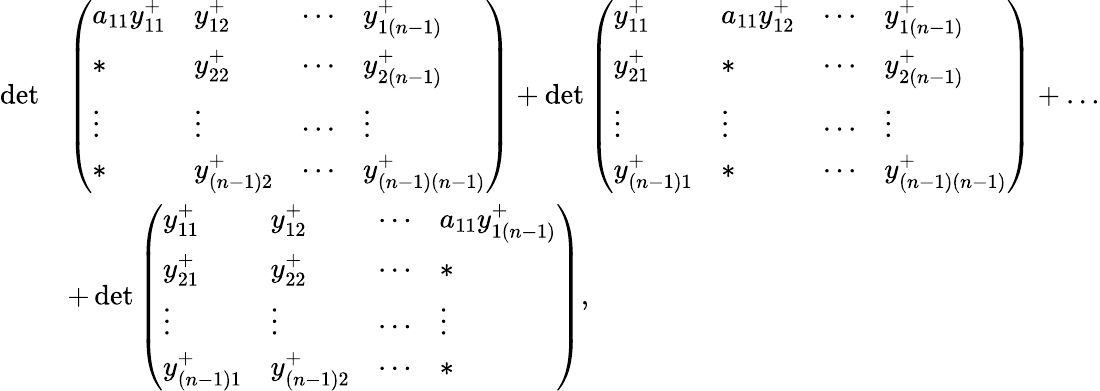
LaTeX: \begin{array}{rl}{\operatorname*{det}}&{\left(\begin{array}{llll}{a_{11}y_{11}^{+}}&{y_{12}^{+}}&{\cdots}&{y_{1(n-1)}^{+}}\\ {*}&{y_{22}^{+}}&{\cdots}&{y_{2(n-1)}^{+}}\\ {\vdots}&{\vdots}&{\cdots}&{\vdots}\\ {*}&{y_{(n-1)2}^{+}}&{\cdots}&{y_{(n-1)(n-1)}^{+}}\end{array}\right)+\operatorname*{det}\left(\begin{array}{llll}{y_{11}^{+}}&{a_{11}y_{12}^{+}}&{\cdots}&{y_{1(n-1)}^{+}}\\ {y_{21}^{+}}&{*}&{\cdots}&{y_{2(n-1)}^{+}}\\ {\vdots}&{\vdots}&{\cdots}&{\vdots}\\ {y_{(n-1)1}^{+}}&{*}&{\cdots}&{y_{(n-1)(n-1)}^{+}}\end{array}\right)+\dots}\\ &{+\operatorname*{det}\left(\begin{array}{llll}{y_{11}^{+}}&{y_{12}^{+}}&{\cdots}&{a_{11}y_{1(n-1)}^{+}}\\ {y_{21}^{+}}&{y_{22}^{+}}&{\cdots}&{*}\\ {\vdots}&{\vdots}&{\cdots}&{\vdots}\\ {y_{(n-1)1}^{+}}&{y_{(n-1)2}^{+}}&{\cdots}&{*}\end{array}\right),}\end{array}